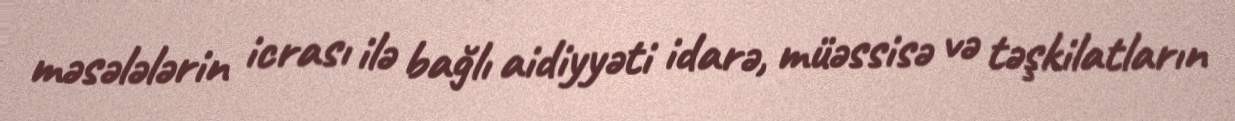
məsələlərin icrası ilə bağlı aidiyyəti idarə, müəssisə və təşkilatların